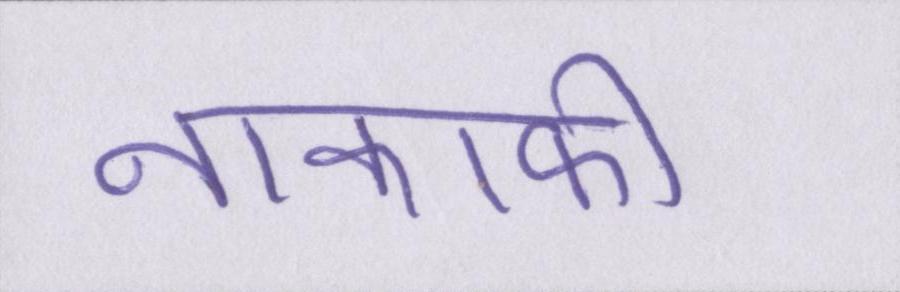
नाकाफी